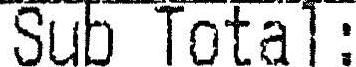
SUB TOTAL: